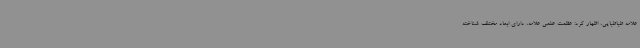
علامه طباطبایی، اظهار کرد: عظمت علمی علامه، دارای ابعاد مختلف شناخته